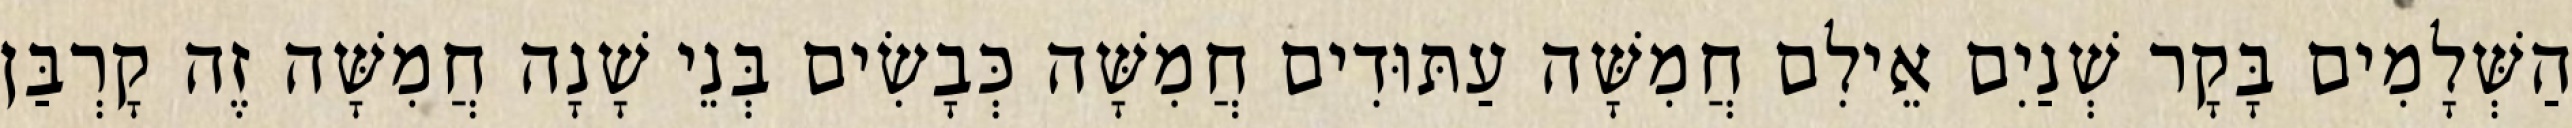
הַשְּׁלָמִים בָּקָר שְׁנַיִם אֵילִם חֲמִשָּׁה עַתּוּדִים חֲמִשָּׁה כְּבָשִׂים בְּנֵי שָׁנָה חֲמִשָּׁה זֶה קָרְבַּן